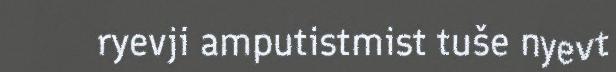
ryevji amputistmist tuše nyevt